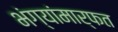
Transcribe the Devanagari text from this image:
भंग्यांमार्फत